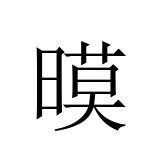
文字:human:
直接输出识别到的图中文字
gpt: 暯